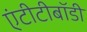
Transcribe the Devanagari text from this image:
एंटीटीबॉडी